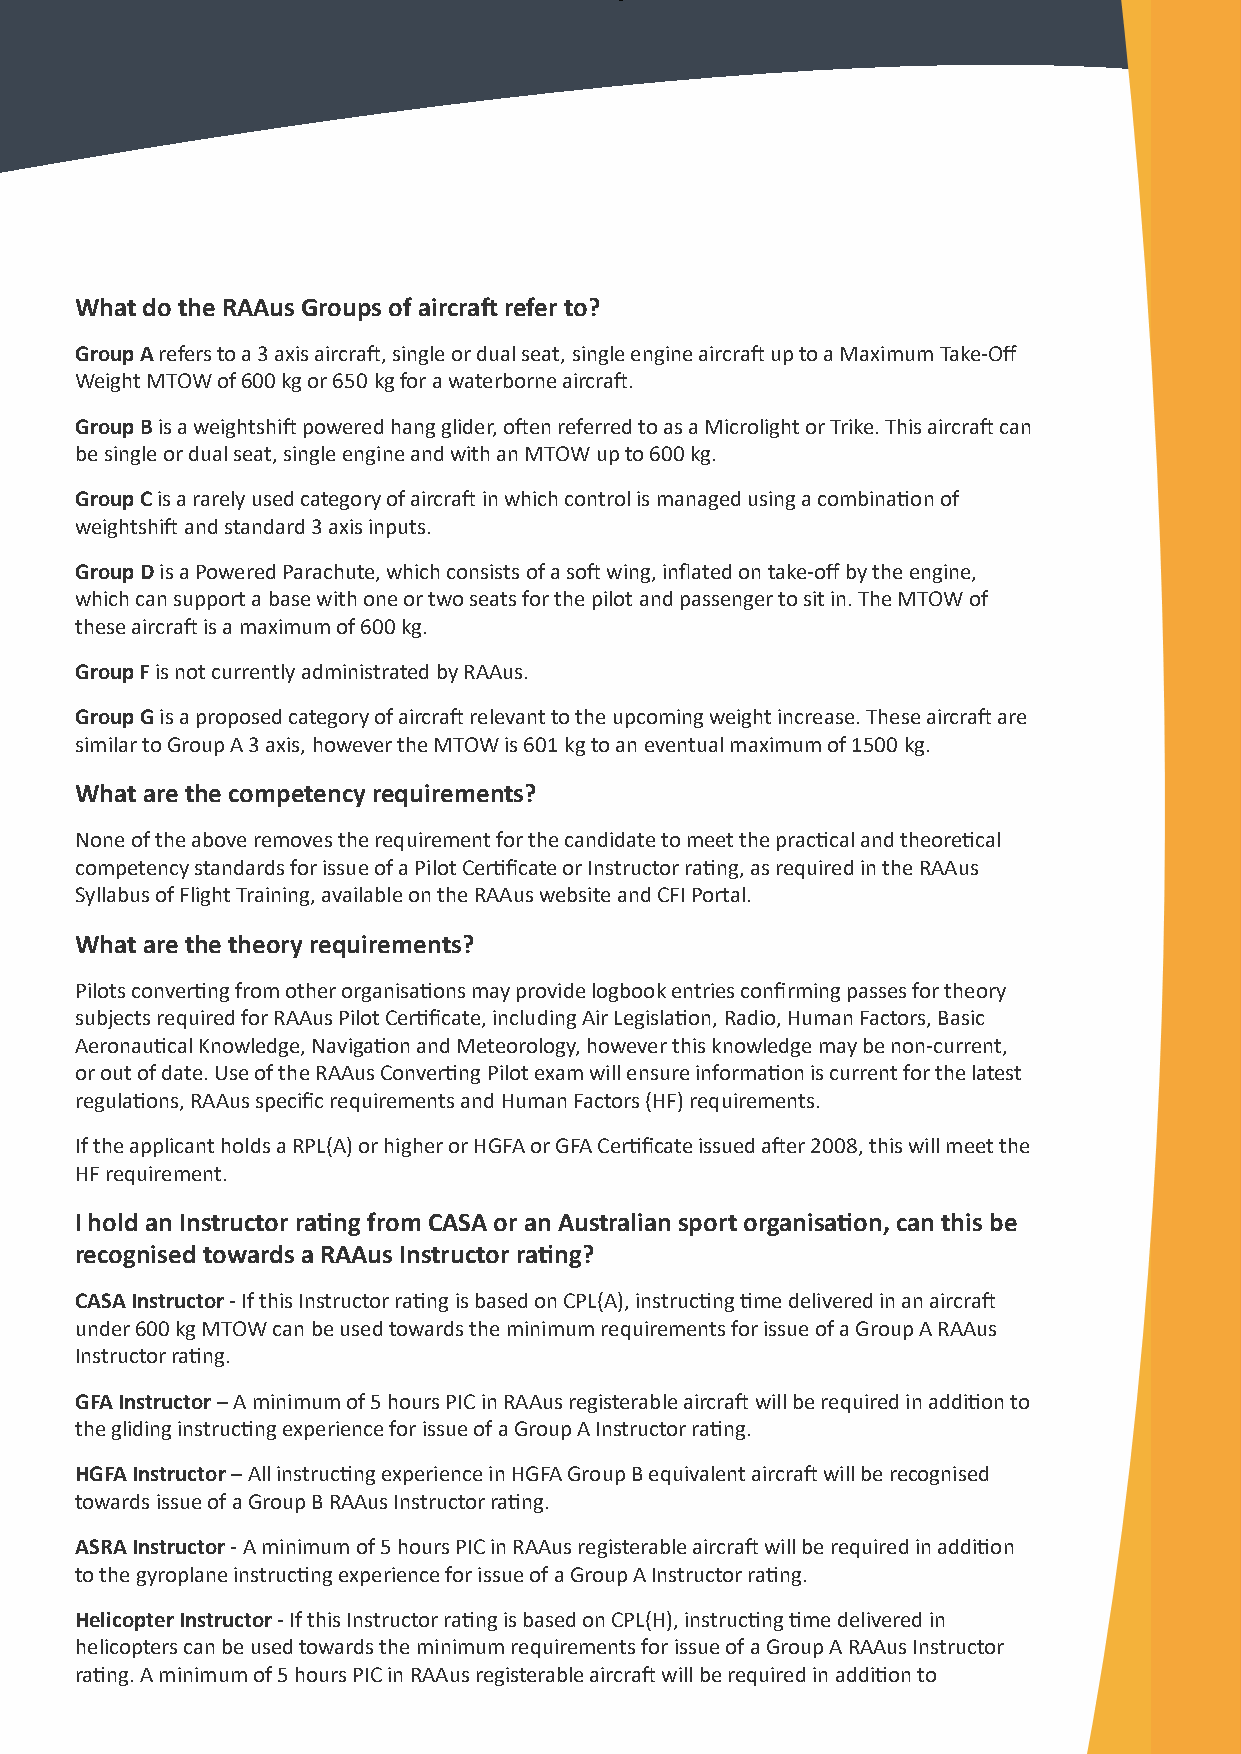
What do the RAAus Groups of aircraft refer to?
 Group A refers to a 3 axis aircraft, single or dual seat, single engine aircraft up to a Maximum Take-Off
 Weight MTOW of 600 kg or 650 kg for a waterborne aircraft.
 Group B is a weightshift powered hang glider, often referred to as a Microlight or Trike. This aircraft can
 be single or dual seat, single engine and with an MTOW up to 600 kg.
 Group C is a rarely used category of aircraft in which control is managed using a combination of
 weightshift and standard 3 axis inputs.
 Group D is a Powered Parachute, which consists of a soft wing, inflated on take-off by the engine,
 which can support a base with one or two seats for the pilot and passenger to sit in. The MTOW of
 these aircraft is a maximum of 600 kg.
 Group F is not currently administrated by RAAus.
 Group G is a proposed category of aircraft relevant to the upcoming weight increase. These aircraft are
 similar to Group A 3 axis, however the MTOW is 601 kg to an eventual maximum of 1500 kg.
 What are the competency requirements?
 None of the above removes the requirement for the candidate to meet the practical and theoretical
 competency standards for issue of a Pilot Certificate or Instructor rating, as required in the RAAus
 Syllabus of Flight Training, available on the RAAus website and CFI Portal.
 What are the theory requirements?
 Pilots converting from other organisations may provide logbook entries confirming passes for theory
 subjects required for RAAus Pilot Certificate, including Air Legislation, Radio, Human Factors, Basic
 Aeronautical Knowledge, Navigation and Meteorology, however this knowledge may be non-current,
 or out of date. Use of the RAAus Converting Pilot exam will ensure information is current for the latest
 regulations, RAAus specific requirements and Human Factors (HF) requirements.
 If the applicant holds a RPL(A) or higher or HGFA or GFA Certificate issued after 2008, this will meet the
 HF requirement.
 I hold an Instructor rating from CASA or an Australian sport organisation, can this be
 recognised towards a RAAus Instructor rating?
 CASA Instructor - If this Instructor rating is based on CPL(A), instructing time delivered in an aircraft
 under 600 kg MTOW can be used towards the minimum requirements for issue of a Group A RAAus
 Instructor rating.
 GFA Instructor – A minimum of 5 hours PIC in RAAus registerable aircraft will be required in addition to
 the gliding instructing experience for issue of a Group A Instructor rating.
 HGFA Instructor – All instructing experience in HGFA Group B equivalent aircraft will be recognised
 towards issue of a Group B RAAus Instructor rating.
 ASRA Instructor - A minimum of 5 hours PIC in RAAus registerable aircraft will be required in addition
 to the gyroplane instructing experience for issue of a Group A Instructor rating.
 Helicopter Instructor - If this Instructor rating is based on CPL(H), instructing time delivered in
 helicopters can be used towards the minimum requirements for issue of a Group A RAAus Instructor
 rating. A minimum of 5 hours PIC in RAAus registerable aircraft will be required in addition to
 3